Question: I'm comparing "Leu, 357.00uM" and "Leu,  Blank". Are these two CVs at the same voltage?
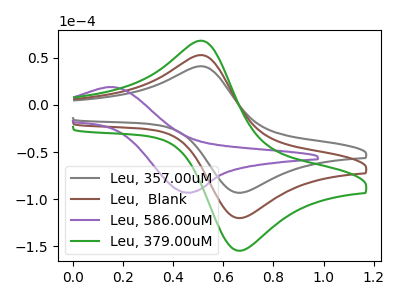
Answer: <think>The gray curve "Leu, 357.00uM" has an anodic peak at (0.50V, 41.15uA) and a cathodic peak at (0.65V, -93.15uA). The brown curve "Leu,  Blank" has an anodic peak at (0.50V, 53.00uA) and a cathodic peak at (0.65V, -120.00uA). The purple curve "Leu, 586.00uM" has an anodic peak at (0.15V, 19.00uA) and a cathodic peak at (0.45V, -93.10uA). The green curve "Leu, 379.00uM" has an anodic peak at (0.50V, 106.00uA) and a cathodic peak at (0.65V, -240.05uA).
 All the peaks in "Leu, 357.00uM" have a peak in "Leu,  Blank" at the same potential. Every peak in "Leu, 357.00uM" is lower than every peak in "Leu,  Blank".</think>
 <answer>"Leu, 357.00uM" and "Leu,  Blank" are similar in shape.</answer>
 <eval>same_shape</eval>